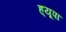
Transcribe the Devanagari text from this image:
ह्‌यूपा